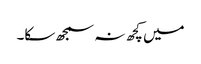
میں کچھ نہ سمجھ سکا۔